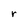
Character: r